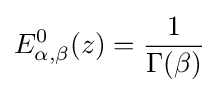
E_{\alpha ,\beta }^{0}(z)={\frac {1}{\Gamma (\beta )}}